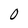
Character: 0